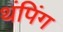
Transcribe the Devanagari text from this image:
थंपिंग